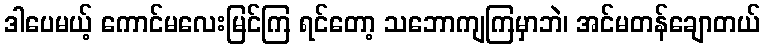
ဒါပေမယ့် ကောင်မလေးမြင်ကြ ရင်တော့ သဘောကျကြမှာဘဲ၊ အင်မတန်ချောတယ်